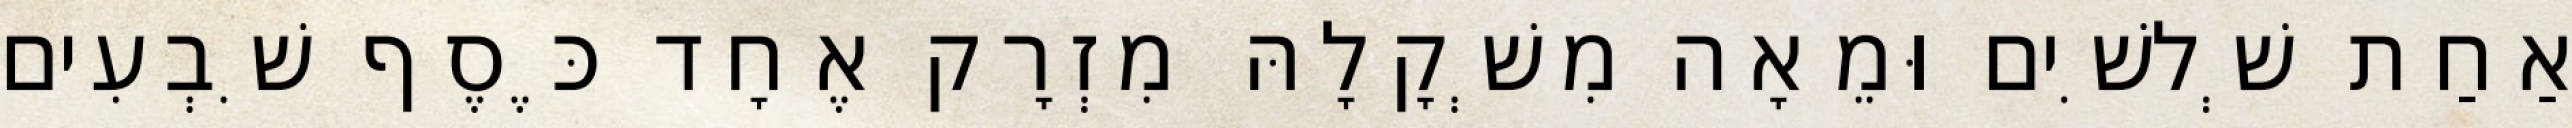
אַחַת שְׁלשִׁים וּמֵאָה מִשְׁקָלָהּ מִזְרָק אֶחָד כֶּסֶף שִׁבְעִים